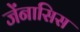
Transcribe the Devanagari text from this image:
जेंनासिस